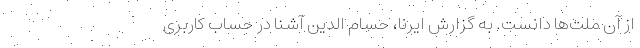
از آن ملت‌ها دانست. به گزارش ایرنا، حسام الدین آشنا در حساب کاربری